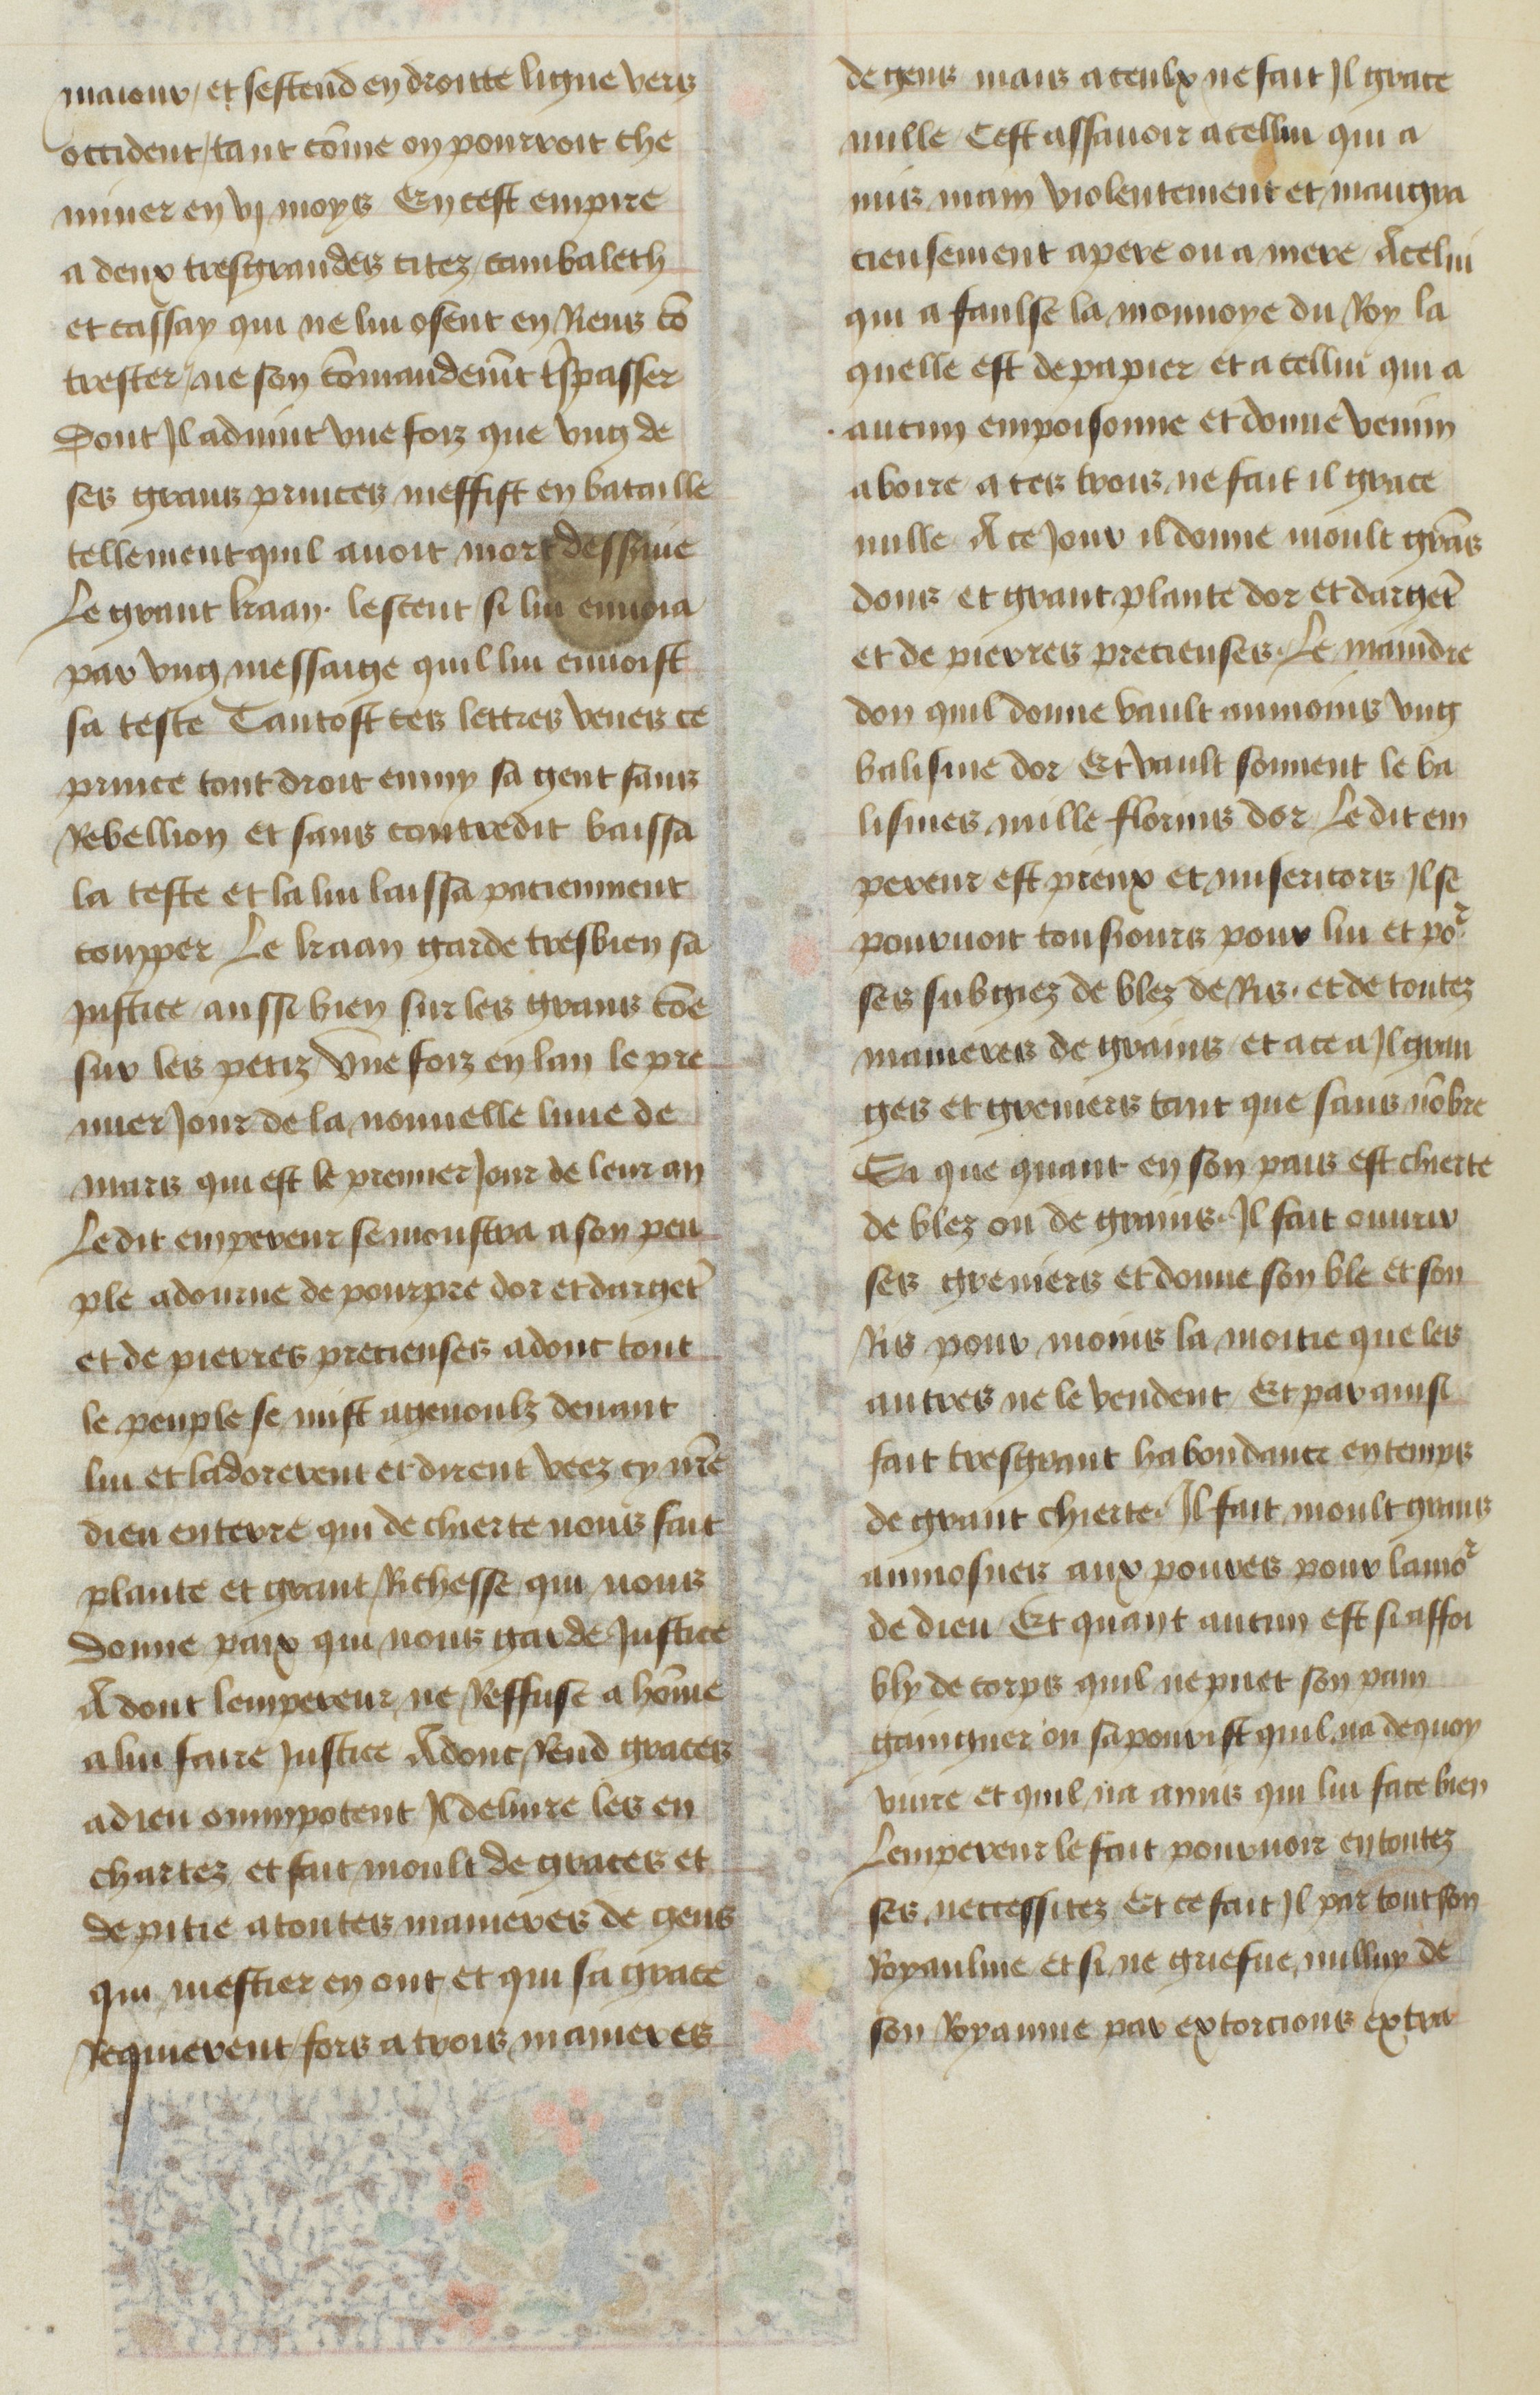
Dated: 1400–1449